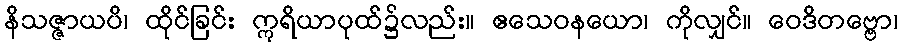
နိသဇ္ဇာယပိ၊ ထိုင်ခြင်း ဣရိယာပုထ်၌လည်း။ ဧသေဝနယော၊ ကိုလျှင်။ ဝေဒိတဗ္ဗော၊